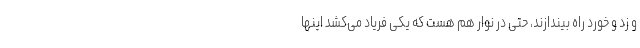
و زد و خورد راه بیندازند، حتی در نوار هم هست که یکی فریاد می‌کشد اینها